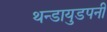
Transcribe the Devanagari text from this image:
थन्डायुडपनी